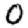
Digit: 0